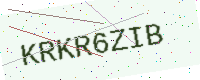
Text: KRKR6ZIB